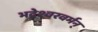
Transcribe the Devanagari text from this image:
भद्रेश्वरवर्मन्